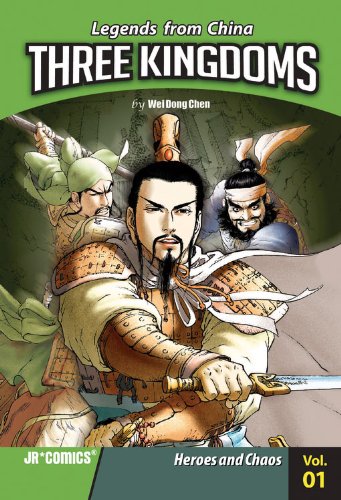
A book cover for Three Kingdoms 01: Heros and Chaos (Legends from China: Three Kingdoms); Wei Dong Chen; Teen & Young Adult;